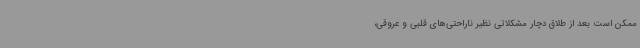
ممکن است بعد از طلاق دچار مشکلاتی نظیر ناراحتی‌های قلبی و عروقی،